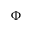
\Phi